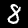
Digit: 8